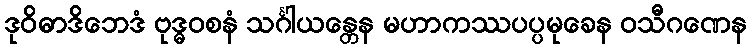
ဒုဝိဓာဒိဘေဒံ ဗုဒ္ဓဝစနံ သင်္ဂါယန္တေန မဟာကဿပပ္ပမုခေန ဝသီဂဏေန